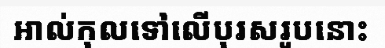
អាល់កុលទៅលើបុរសរូបនោះ